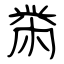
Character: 黹